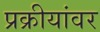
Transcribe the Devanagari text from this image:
प्रक्रीयांवर